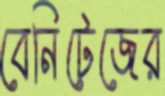
বেনিটেজের